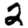
Digit: 2